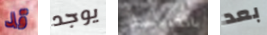
قد يوجد بالكنيسة بعد